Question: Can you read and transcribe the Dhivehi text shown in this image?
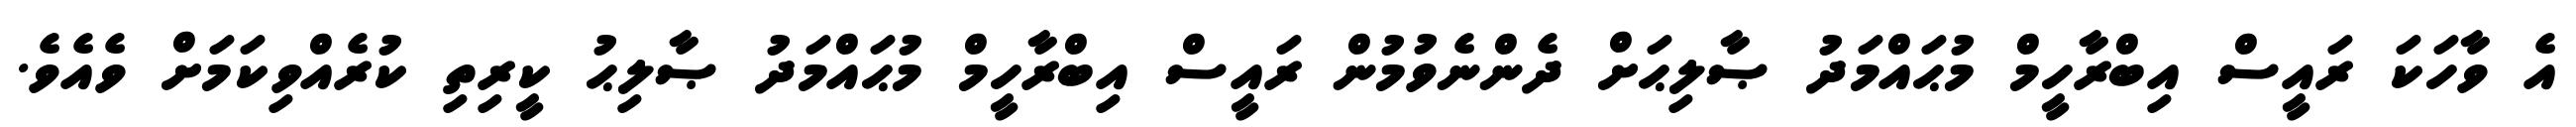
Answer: އެ ވާހަކަ ރައީސް އިބްރާހީމް މުޙައްމަދު ޞާލިޙަށް ދެންނެވުމުން ރައީސް އިބްރާހީމް މުޙައްމަދު ޞާލިޙު ކީރިތި ކުރެއްވިކަމަށް ވެއެވެ.